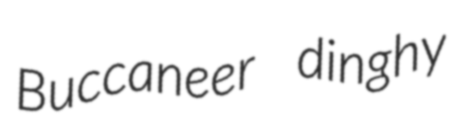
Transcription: Buccaneer dinghy